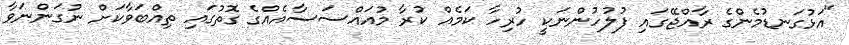
"އަޅުގަނޑުމެންގެ ރާއްޖޭގައި ފުލުހުންނަކީ ހުރިހާ ކަމެއް ކުރާ މުއައްސަސާއެއްގެ ގޮތުގައި ތިއްބަވާކަށް ނުގަންނަވާ